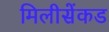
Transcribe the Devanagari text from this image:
मिलीसेंकड